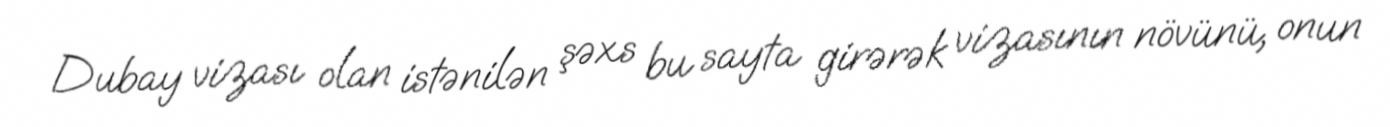
Dubay vizası olan istənilən şəxs bu sayta girərək vizasının növünü, onun